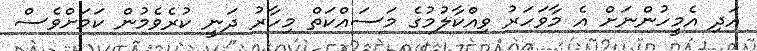
އަދި އެމީހުންނަށް އެ މާވަހަރު ވިއްކާލުމުގެ މަސައްކަތް މިހާރު ދަނީ ކުރެވެމުން ކަމަށްވެސް